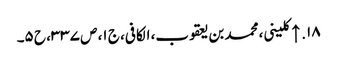
۱۸. ↑ کلینی، محمد بن یعقوب، الکافی، ج ۱، ص ۳۳۷، ح ۵۔